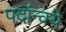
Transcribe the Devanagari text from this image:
पदांन्वये